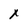
Character: X